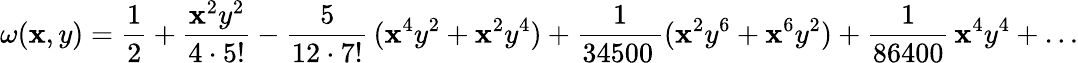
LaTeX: \omega(\mathbf{x},y)=\frac{{1}}{{2}}+\frac{{\mathbf{x}^{2}y^{2}}}{{4\cdot5!}}-\frac{{5}}{{12\cdot7!}}\, (\mathbf{x}^{4}y^{2}+\mathbf{x}^{2}y^{4})+\frac{{1}}{{34500\, }}(\mathbf{x}^{2}y^{6}+\mathbf{x}^{6}y^{2})+\frac{{1}}{{86400}}\, \mathbf{x}^{4}y^{4}+\ldots